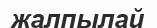
жалпылай